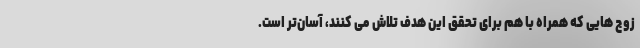
زوج هایی که همراه با هم برای تحقق این هدف تلاش می کنند، آسان‌تر است.